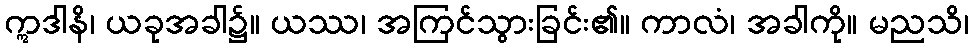
ဣဒါနိ၊ ယခုအခါ၌။ ယဿ၊ အကြင်သွားခြင်း၏။ ကာလံ၊ အခါကို။ မညသိ၊